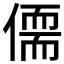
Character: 𪝥